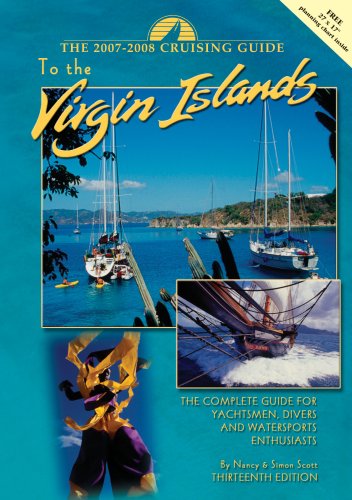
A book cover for Cruising Guide to the Virgin Islands, 13th ed; Nancy Scott; Travel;